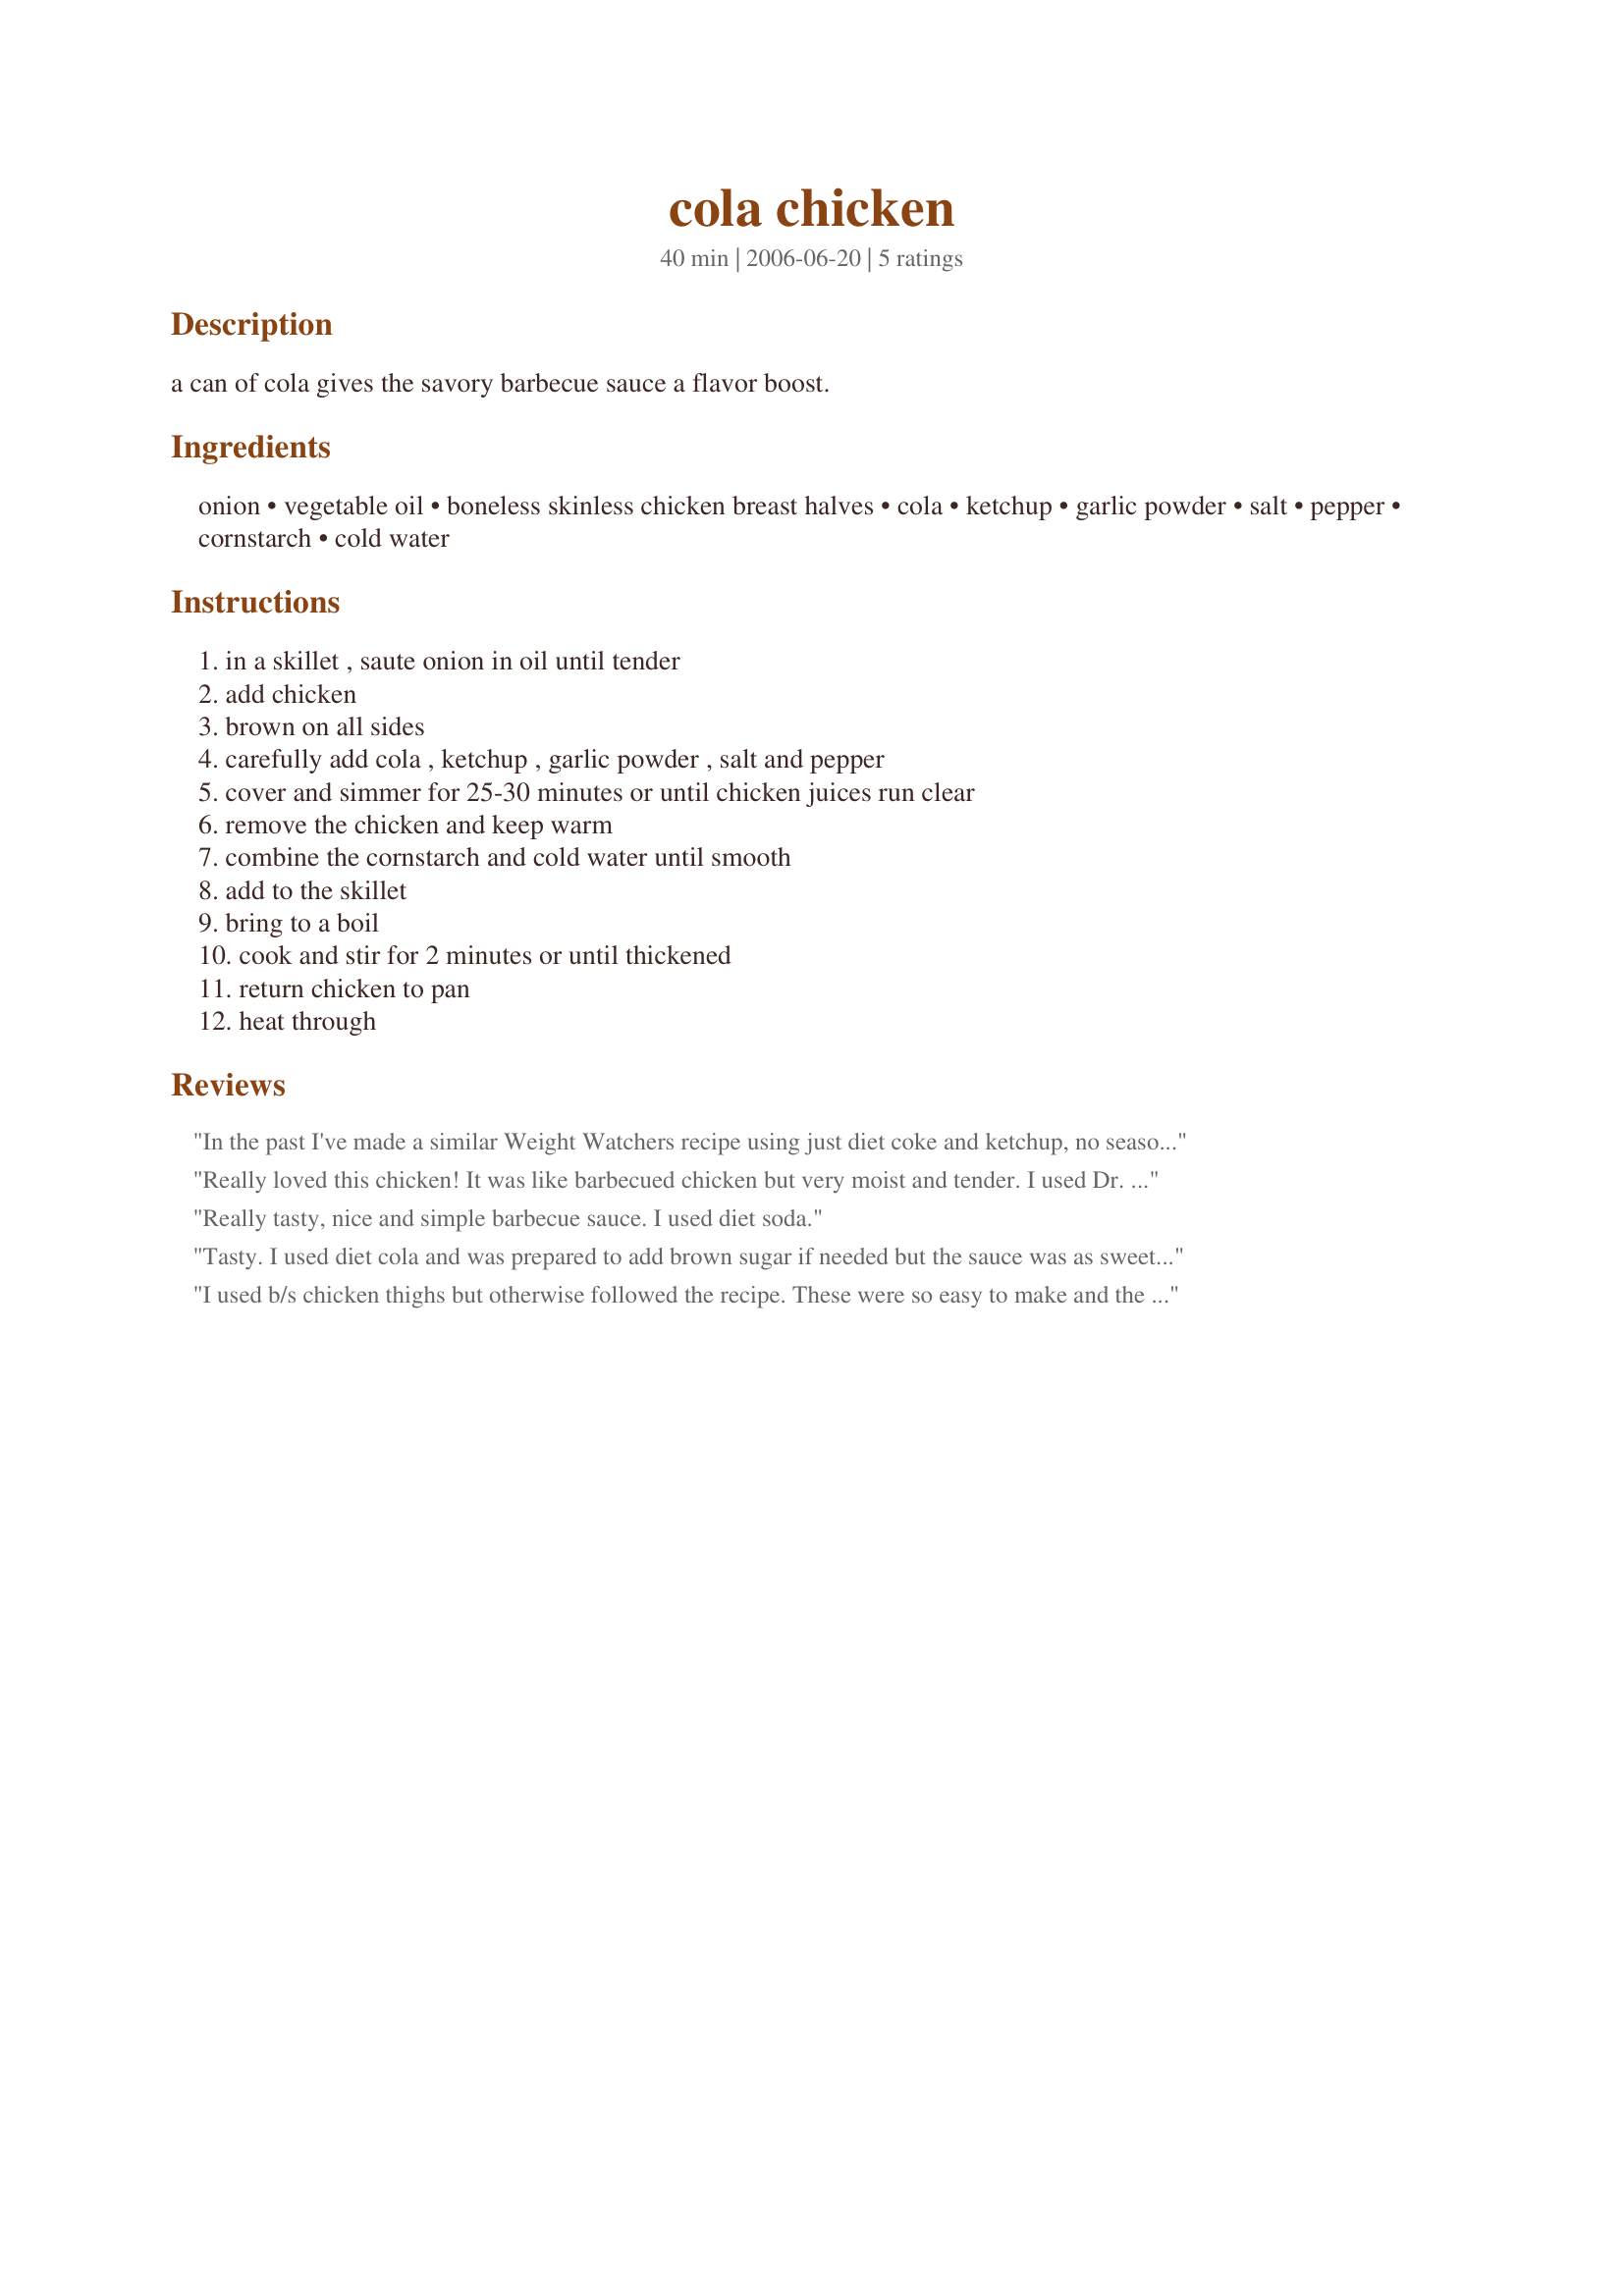
cola chicken
Preparation time: 40 minutes

a can of cola gives the savory barbecue sauce a flavor boost.

Ingredients:
onion, vegetable oil, boneless skinless chicken breast halves, cola, ketchup, garlic powder, salt, pepper, cornstarch, cold water

Steps:
in a skillet , saute onion in oil until tender, add chicken, brown on all sides, carefully add cola , ketchup , garlic powder , salt and pepper, cover and simmer for 25-30 minutes or until chicken juices run clear, remove the chicken and keep warm, combine the cornstarch and cold water until smooth, add to the skillet, bring to a boil, cook and stir for 2 minutes or until thickened, return chicken to pan, heat through

Reviews:
In the past I've made a similar Weight Watchers recipe using just diet coke and ketchup, no seasonings at all and also without the onions (which turned out to be an added plus). Last night I used regular coke. The sauce thickened very nicely so I didn't add the cornstarch and water (steps 4 and 5). However, it also reduced 'very fast' so I made more sauce, which I just poured over the partially cooked chicken. I don't know if the thickening and the fast reduction was because I used regular coke or not because my recipe never did either, but it turned out beautifully. Will surely be making this again.
Really loved this chicken! It was like barbecued chicken but very moist and tender. I used Dr. Pepper as the cola and it really gave a wonderful flavor. So simple to make too...thanks for posting!
Really tasty, nice and simple barbecue sauce. I used diet soda.
Tasty. I used diet cola and was prepared to add brown sugar if needed but the sauce was as sweet as I would want. We really enjoyed the sauce and might try it on ribs or chicken on the grill.
I used b/s chicken thighs but otherwise followed the recipe. These were so easy to make and the longer they simmered the more tender they got. Will make this dish again! Made for All You Can Cook Buffet.
